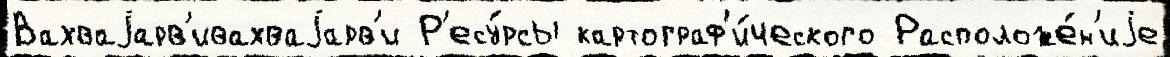
Вахваjарв'ивахваjарв'и Р'есу́рсы картограф'и́ческого Расположе́н'иjе